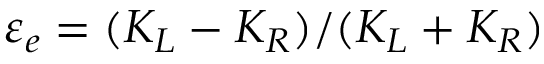
\varepsilon _ { e } = ( K _ { L } - K _ { R } ) / ( K _ { L } + K _ { R } )